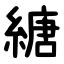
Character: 䌅